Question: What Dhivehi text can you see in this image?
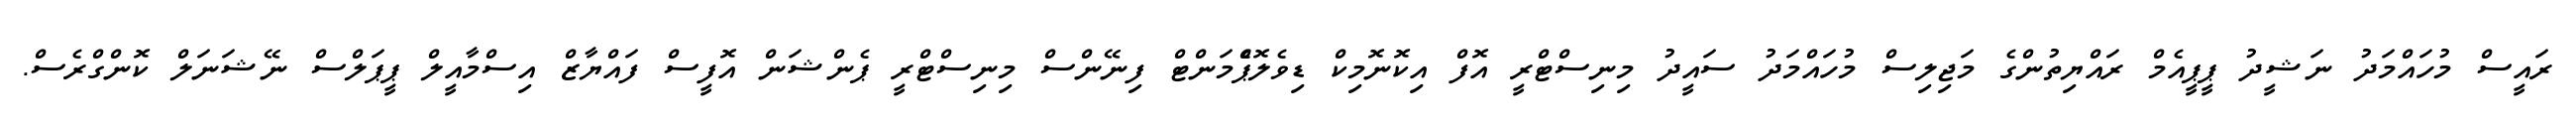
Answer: ރައީސް މުހައްމަދު ނަޝީދު ޕީޕީއެމް ރައްޔިތުންގެ މަޖިލިސް މުހައްމަދު ސައީދު މިނިސްޓްރީ އޮފް އިކޮނޮމިކް ޑިވެލޮޕްެމަންޓް ފިނޭންސް މިނިސްޓްރީ ޕެންޝަން އޮފީސް ފައްޔާޒް އިސްމާއީލް ޕީޕަލްސް ނޭޝަނަލް ކޮންގްރެސް.